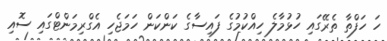
ހަ ހަފްތާ ތެރޭގައި ހުޅުމާލެ ހިއްކުމުގެ ފައިސާގެ ކަންކަން ހަމަޖެހި އެގްރިމަންޓްގައި ސޮއި